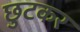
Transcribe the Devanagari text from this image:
छुटकर